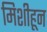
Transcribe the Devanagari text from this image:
मिशीहून